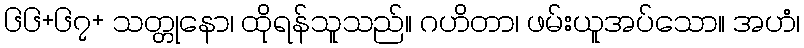
၆၆+၆၇+ သတ္တုနော၊ ထိုရန်သူသည်။ ဂဟိတာ၊ ဖမ်းယူအပ်သော။ အဟံ၊